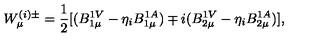
W _ { \mu } ^ { ( i ) \pm } = \frac { 1 } { 2 } [ ( B _ { 1 \mu } ^ { 1 V } - \eta _ { i } B _ { 1 \mu } ^ { 1 A } ) \mp i ( B _ { 2 \mu } ^ { 1 V } - \eta _ { i } B _ { 2 \mu } ^ { 1 A } ) ] ,